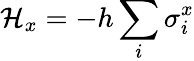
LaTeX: \mathcal{H}_{x}=-h\sum_{i}\sigma_{i}^{x}